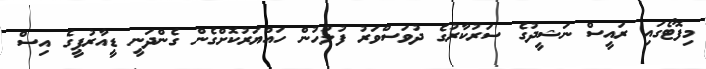
މިފޮޓޯގައި ރައީސް ނަޝީދުގެ ސަރުކާރުގެ ދުވަސްވަރު ފުލުހުން ހައްޔަރުކޮށްގެން ގެންދަނީ ޑީއާރުޕީގެ އިސް